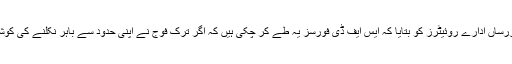
ایس ڈی ایف کے ایک سینیر عہدے دار نصر حاج منصور نے خبررساں ادارے روئیٹرز کو بتایا کہ ایس ایف ڈی فورسز یہ طے کر چکی ہیں کہ اگر ترک فوج نے اپنی حدود سے باہر نکلنے کی کوشش کی، جس کا انہیں علم ہے تو ہم ان کے خلاف لڑائی کریں گے۔